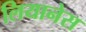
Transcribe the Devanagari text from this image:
लियानेस